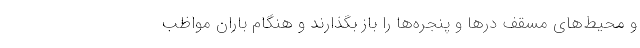
و محیط‌های مسقف درها و پنجره‌ها را باز بگذارند و هنگام باران مواظب